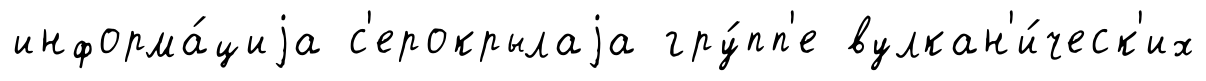
информа́циjа с'ерокрылаjа гру́пп'е вулкан'и́ческ'их